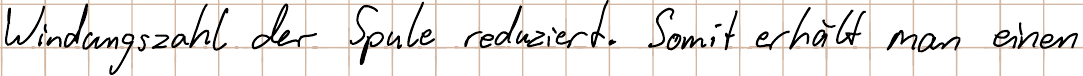
Windungszahl der Spule reduziert. Somit erhält man einen